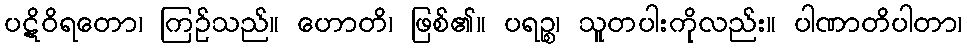
ပဋိဝိရတော၊ ကြဉ်သည်။ ဟောတိ၊ ဖြစ်၏။ ပရဉ္စ၊ သူတပါးကိုလည်း။ ပါဏာတိပါတာ၊